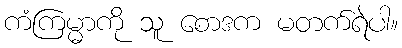
ကံကြမ္မာကို သူ စောဒက မတက်ရဲပါ။